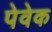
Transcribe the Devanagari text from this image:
पेवेक